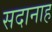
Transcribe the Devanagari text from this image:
सदानाह